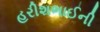
હરીશભાઈની